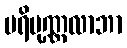
ပရိပုဏ္ဏလာဘာ